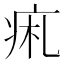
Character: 𤵦